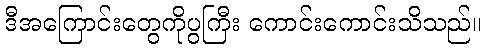
ဒီအကြောင်းတွေကိုပွကြီး ကောင်းကောင်းသိသည်။